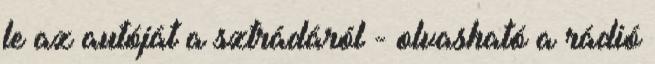
le az autóját a sztrádáról - olvasható a rádió